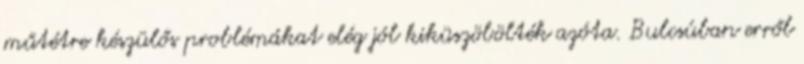
műtétre készülős problémákat elég jól kiküszöbölték azóta. Bulcsúban erről